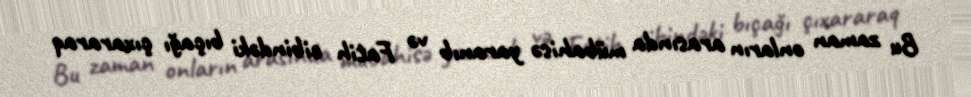
Bu zaman onların arasında mübahisə yaranıb və Fatih cibindəki bıçağı çıxararaq